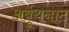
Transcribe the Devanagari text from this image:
अर्बुथनाट